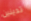
تدينين